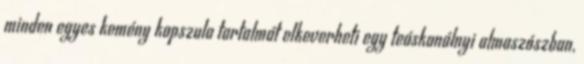
minden egyes kemény kapszula tartalmát elkeverheti egy teáskanálnyi almaszószban,